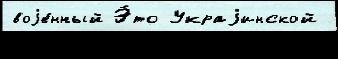
воjе́нный Э́то Украjинской